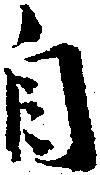
自